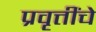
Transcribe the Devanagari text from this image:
प्रवृत्तींचे